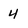
Character: 4